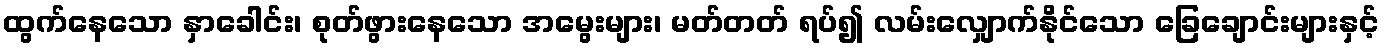
ထွက်နေသော နှာခေါင်း၊ စုတ်ဖွားနေသော အမွေးများ၊ မတ်တတ် ရပ်၍ လမ်းလျှောက်နိုင်သော ခြေချောင်းများနှင့်